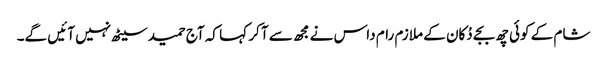
شام کے کوئی چھ بجے دُکان کے ملازم رام داس نے مجھ سے آ کر کہا کہ آج حمید سیٹھ نہیں آئیں گے۔